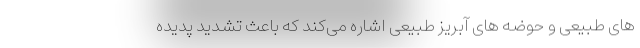
های طبیعی و حوضه های آبریز طبیعی اشاره می‌کند که باعث تشدید پدیده